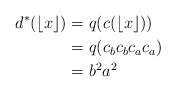
LaTeX: \begin{align*}d^*(\lfloor x \rfloor)&= q(c(\lfloor x \rfloor)) \\&= q(c_bc_bc_ac_a) \\&= b^2a^2\end{align*}